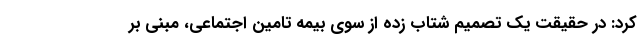
کرد: در حقیقت یک تصمیم شتاب زده از سوی بیمه تامین اجتماعی، مبنی بر